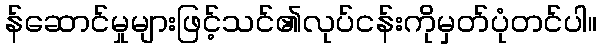
န်ဆောင်မှုများဖြင့်သင်၏လုပ်ငန်းကိုမှတ်ပုံတင်ပါ။